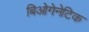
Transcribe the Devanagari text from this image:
बिओगेनेटिक